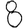
Digit: 8